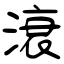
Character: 滖